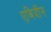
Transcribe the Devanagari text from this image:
एबिदीन